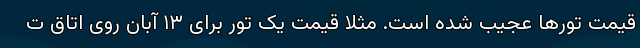
قیمت تورها عجیب شده است. مثلا قیمت یک تور برای ۱۳ آبان روی اتاق ت